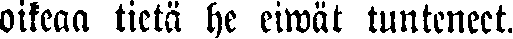
oikeaa tietä he eiwät tunteneet.